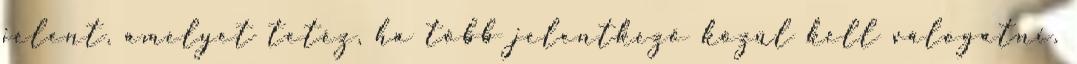
jelent, amelyet tetéz, ha több jelentkező közül kell válogatni.